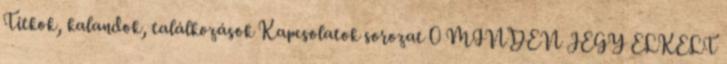
Titkok, kalandok, találkozások Kapcsolatok sorozat 0 MINDEN JEGY ELKELT